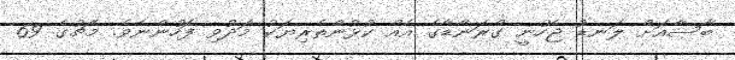
ބާސާއަށް ލަނޑު ޖެހުނީ ގްރަނާޑާގެ އެއް ކުޅުންތެރިޔަކު މަދުވި ފަހުންނެވެ. މެޗުގެ 69